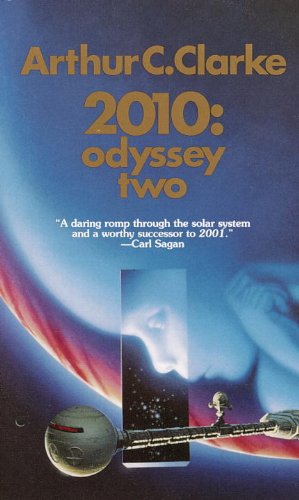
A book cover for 2010: Odyssey Two; Arthur C. Clarke; Science Fiction & Fantasy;